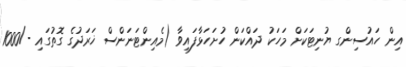
އިން ހައުސިންގ ޔުނިޓަކަށް މަހަކު ދައްކަން ހުށަހަޅާފައިވާ (މެއިންޓަނަންސް ޚަރަދުގެ ގޮތުގައި -/1000